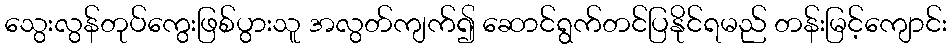
သွေးလွန်တုပ်ကွေးဖြစ်ပွားသူ အလွတ်ကျက်၍ ဆောင်ရွက်တင်ပြနိုင်ရမည် တန်းမြင့်ကျောင်း